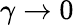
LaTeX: \gamma\to 0